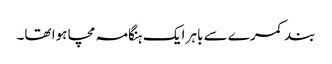
بند کمرے سے باہر ایک ہنگامہ مچا ہوا تھا۔